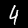
Digit: 4